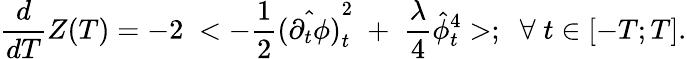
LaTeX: {\frac{d}{dT}}Z(T)=-2\; <-{\frac{1}{2}}\hat{(\partial_{t}\phi)}_{t}^{2}\; +\; {\frac{\lambda}{4}}\hat{\phi}_{t}^{4}>;\; \; \forall\; t\in[-T;T].